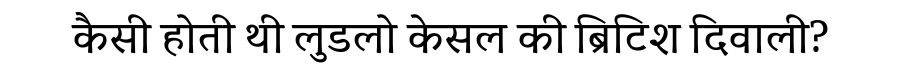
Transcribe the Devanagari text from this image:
कैसी होती थी लुडलो केसल की ब्रिटिश दिवाली?